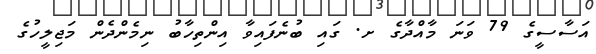
އަސާސީގެ 79 ވަނަ މާއްދާގެ ށ. ގައި ބުނެފައިވާ އިންތިހާބު ނިމެންދެން މަޖިލީހުގެ